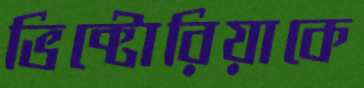
ভিক্টোরিয়াকে